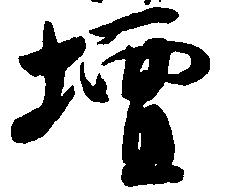
壇